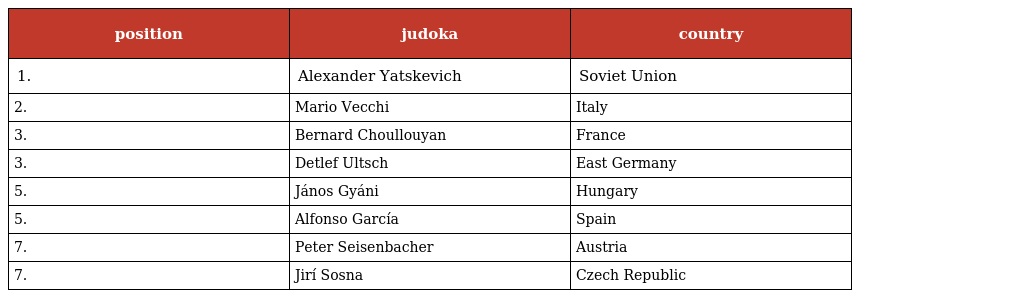
| position | judoka | country |
 | --- | --- | --- |
 | 1. | Alexander Yatskevich | Soviet Union |
 | 2. | Mario Vecchi | Italy |
 | 3. | Bernard Choullouyan | France |
 | 3. | Detlef Ultsch | East Germany |
 | 5. | János Gyáni | Hungary |
 | 5. | Alfonso García | Spain |
 | 7. | Peter Seisenbacher | Austria |
 | 7. | Jirí Sosna | Czech Republic |